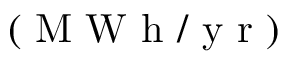
( \mathrm { ~ M ~ W ~ h ~ / ~ y ~ r ~ } )